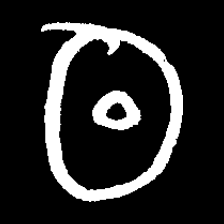
Pyu character \u2014 Myanmar letter: ထ (romanized: tha)